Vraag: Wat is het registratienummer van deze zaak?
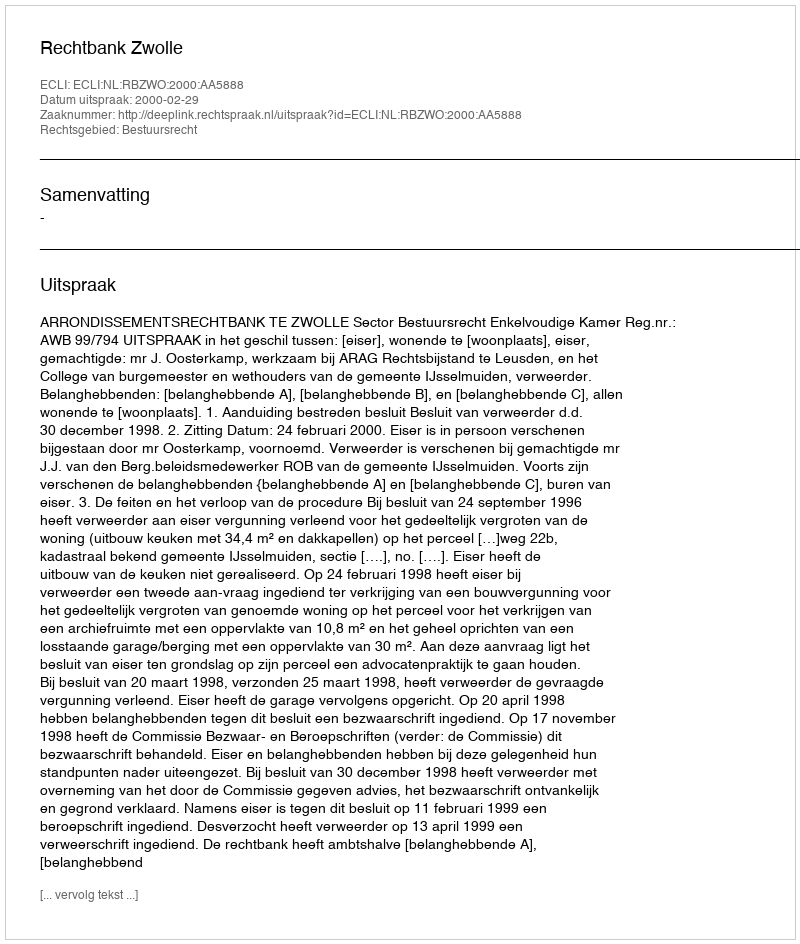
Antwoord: http://deeplink.rechtspraak.nl/uitspraak?id=ECLI:NL:RBZWO:2000:AA5888